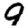
Digit: 9